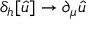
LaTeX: \delta _ { h } [ { \hat { u } } ] \to \partial _ { \mu } { \hat { u } }